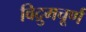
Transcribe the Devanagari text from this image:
विद्रुमचूर्ण